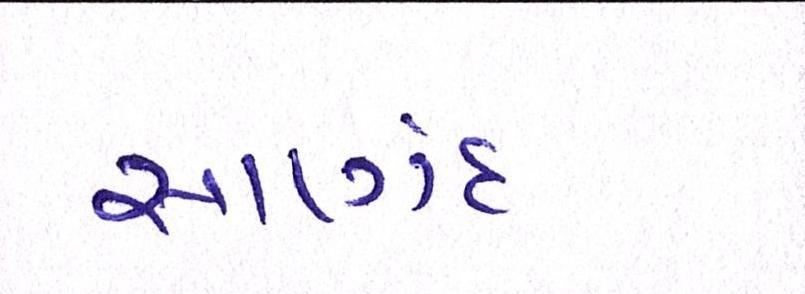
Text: સાણંદ